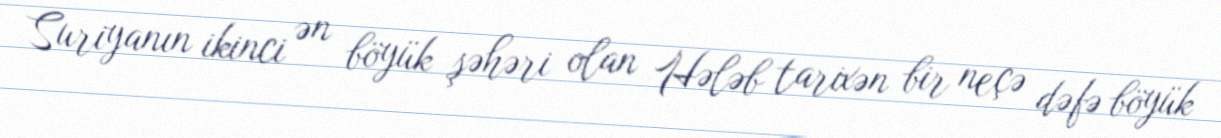
Suriyanın ikinci ən böyük şəhəri olan Hələb tarixən bir neçə dəfə böyük